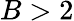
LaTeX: B>2